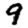
Digit: 9